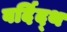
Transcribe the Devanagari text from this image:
वर्दिद्थ